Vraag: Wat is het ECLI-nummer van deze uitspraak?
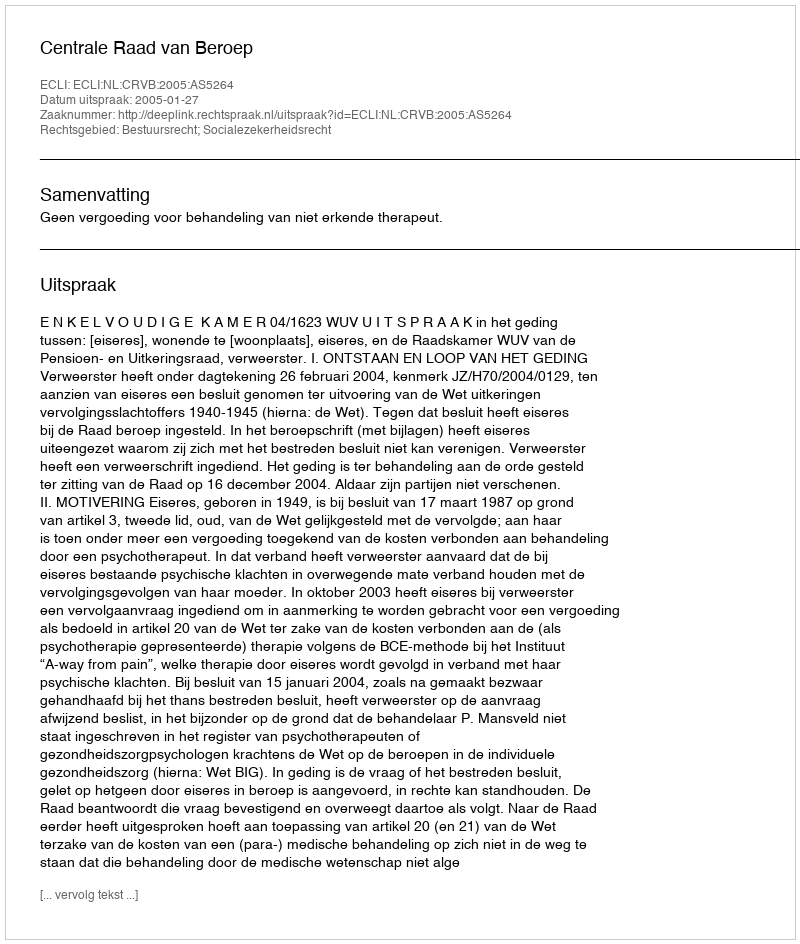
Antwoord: ECLI:NL:CRVB:2005:AS5264